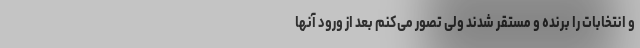
و انتخابات را برنده و مستقر شدند ولی تصور می‌کنم بعد از ورود آنها